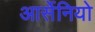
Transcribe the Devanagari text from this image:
आर्सेनियो